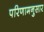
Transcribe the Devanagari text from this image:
परिणामनुसार